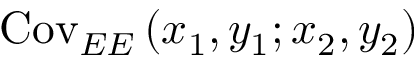
\mathrm { C o v } _ { E E } \left( x _ { 1 } , y _ { 1 } ; x _ { 2 } , y _ { 2 } \right)